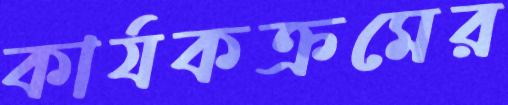
কার্যকক্রমের